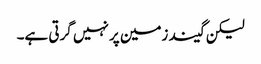
لیکن گیند زمین پر نہیں گرتی ہے۔